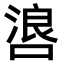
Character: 𫫐